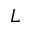
L